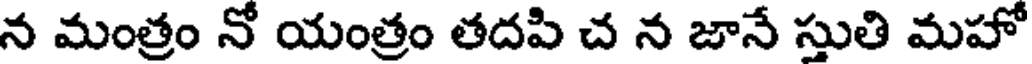
న మంత్రం నో యంత్రం తదపి చ న జానే స్తుతి మహో